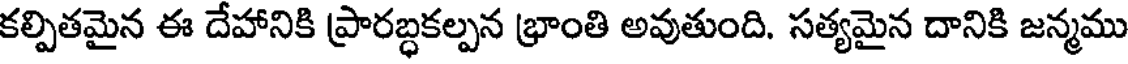
కల్పితమైన ఈ దేహానికి ప్రారబ్ధకల్పన భ్రాంతి అవుతుంది. సత్యమైన దానికి జన్మము